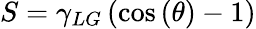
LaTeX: S=\gamma_{LG}\left(\cos\left(\theta\right)-1\right)